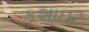
કશાઇટ